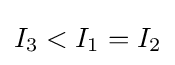
I_{3}<I_{1}=I_{2}